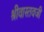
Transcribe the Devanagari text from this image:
श्रीवास्तवजी